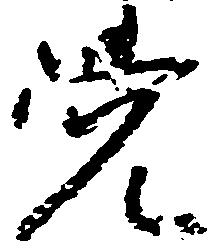
覚